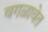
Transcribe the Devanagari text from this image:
वगळावेत